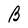
Character: B